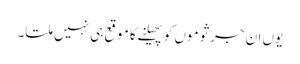
یوں ان جرثوموں کو پھیلنے کا موقع ہی نہیں ملتا۔